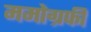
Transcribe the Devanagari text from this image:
ममोग्रफी